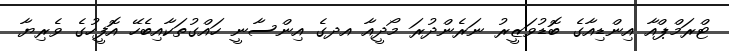
ޓްރަމްޕްއާ އިންޑިއާގެ ބޮޑުވަޒީރު ނަރެންދުރަ މޯދީއާ އދގެ އިންސާނީ ހައްގުތަކާއިބެހޭ އޮފީހުގެ ވެރިޔާ